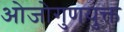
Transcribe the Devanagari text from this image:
ओजोगुणयुक्त